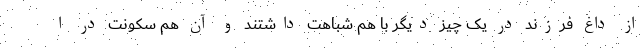
از داغ فرزند در یک چیز دیگر با هم شباهت داشتند و آن هم سکونت در ا